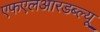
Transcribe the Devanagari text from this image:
एफएलआरडब्ल्यू